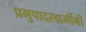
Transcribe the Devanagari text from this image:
प्रभुपादस्वामींनी